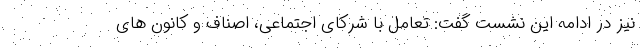
نیز در ادامه این نشست گفت: تعامل با شرکای اجتماعی، اصناف و کانون های